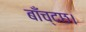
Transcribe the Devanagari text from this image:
बाँच्दछ।